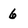
Character: 6